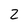
Character: 2